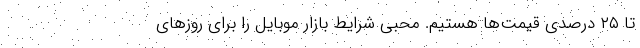
تا ۲۵ درصدی قیمت‌ها هستیم. محبی شرایط بازار موبایل را برای روزهای